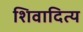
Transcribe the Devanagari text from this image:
शिवादित्य